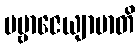
ပဗ္ဗာဇေယျာမာတိ